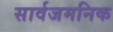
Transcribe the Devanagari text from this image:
सार्वजमनिक